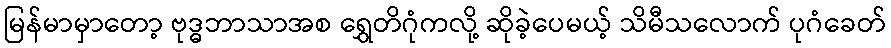
မြန်မာမှာတော့ ဗုဒ္ဓဘာသာအစ ရွှေတိဂုံကလို့ ဆိုခဲ့ပေမယ့် သိမီသလောက် ပုဂံခေတ်